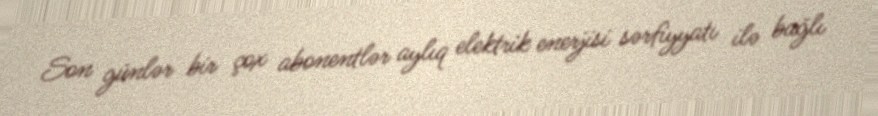
Son günlər bir çox abonentlər aylıq elektrik enerjisi sərfiyyatı ilə bağlı